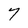
Character: 7